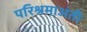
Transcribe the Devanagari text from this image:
परिश्रमाअंती